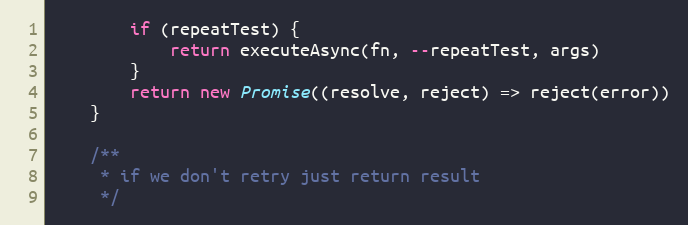
Language: JavaScript
        if (repeatTest) {
            return executeAsync(fn, --repeatTest, args)
        }
        return new Promise((resolve, reject) => reject(error))
    }

    /**
     * if we don't retry just return result
     */